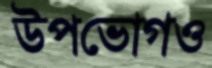
উপভোগও